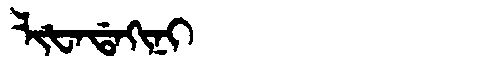
Manchu: ᠯᡳᡶᠠᡩᠠᡴᡳᠨᡳ
Romanization: LIFADAKINI